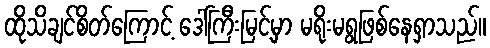
ထိုသိချင်စိတ်ကြောင့် ဒေါ်ကြီးမြင့်မှာ မရိုးမရွဖြစ်နေရှာသည်။